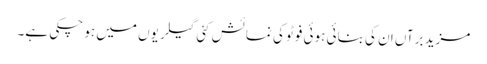
مزید برآں ان کی بنائی ہوئی فوٹو کی نمائش کئی گیلریوں میں ہو چکی ہے۔